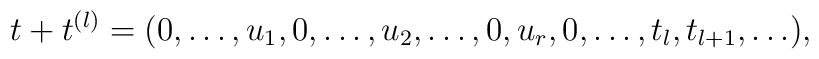
t+t^{(l)}=( 0,\ldots,u_1,0,\ldots,u_2,\ldots,0, u_r,0,\ldots,t_l,t_{l+1},\ldots ),